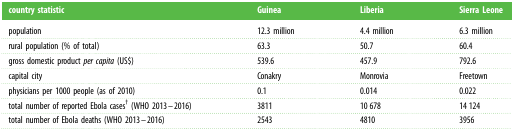
| country statistic | Guinea | Liberia | Sierra Leone |
 | --- | --- | --- | --- |
 | population | 12.3 million | 4.4 million | 6.3 million |
 | rural population (% of total) | 63.3 | 50.7 | 60.4 |
 | gross domestic product per capita (US$) | 539.6 | 457.9 | 792.6 |
 | capital city | Conakry | Monrovia | Freetown |
 | physicians per 1000 people (as of 2010) | 0.1 | 0.014 | 0.022 |
 | total number of reported Ebola cases† (WHO 2013–2016) | 3811 | 10 678 | 14 124 |
 | total number of Ebola deaths (WHO 2013–2016) | 2543 | 4810 | 3956 |